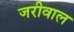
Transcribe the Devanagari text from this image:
जरीवाल